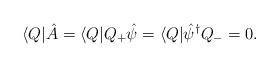
LaTeX: \begin{align*}\langle Q|\hat{A} =\langle Q|Q_{+}\hat{\psi } =\langle Q|\hat{\psi }^{\dagger }Q_{-} =0.\end{align*}